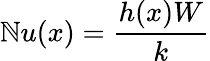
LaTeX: \mathbb{N}u(x)=\frac{{h(x)W}}{{k}}